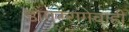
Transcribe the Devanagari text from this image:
डोंगररांगेचाही